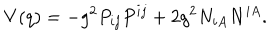
V ( q ) = - g ^ { 2 } P _ { i j } P ^ { i j } + 2 g ^ { 2 } N _ { i A } N ^ { i A } .